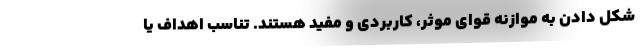
شکل دادن به موازنه قوای موثر، کاربردی و مفید هستند. تناسب اهداف یا